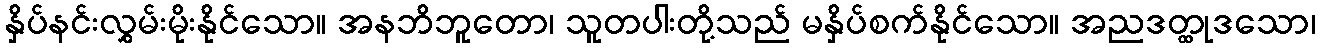
နှိပ်နင်းလွှမ်းမိုးနိုင်သော။ အနဘိဘူတော၊ သူတပါးတို့သည် မနှိပ်စက်နိုင်သော။ အညဒတ္ထုဒသော၊